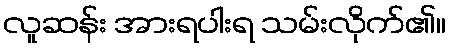
လူဆန်း အားရပါးရ သမ်းလိုက်၏။